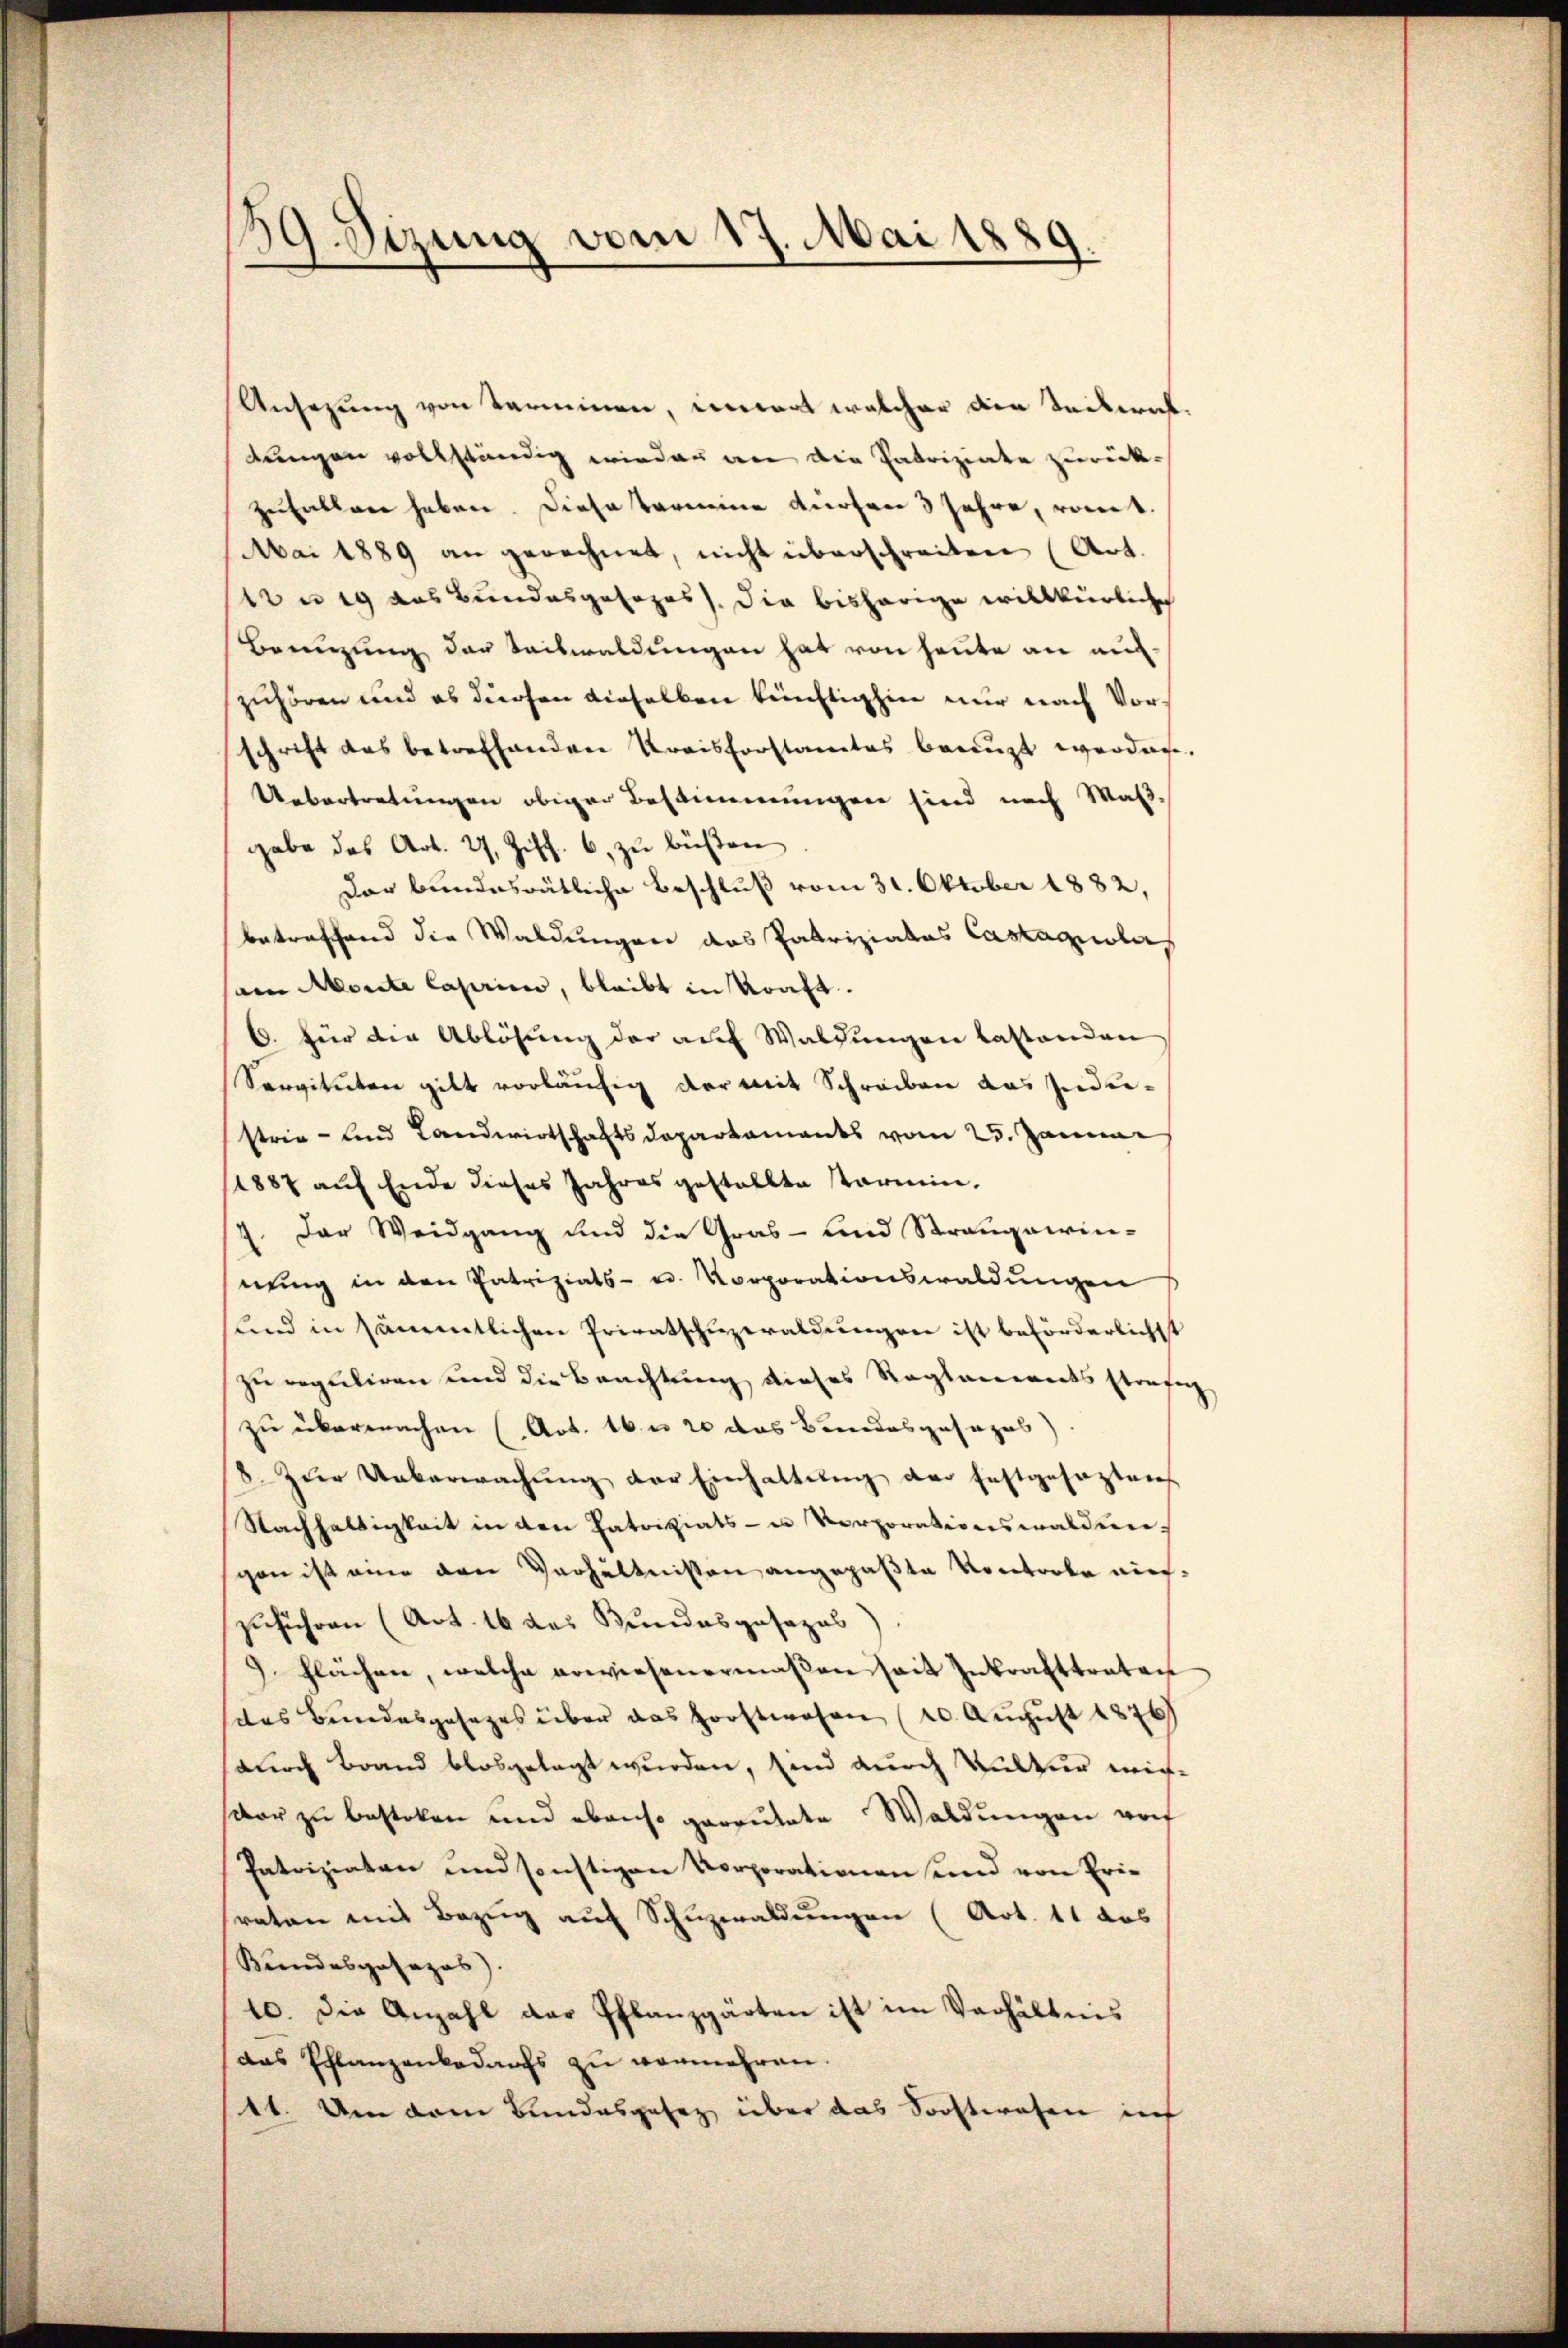
39. Sizung vom 17. Mai 1889.

Ansezung von Terminen, einwart welcher den Teilernt.
tungen vollständig wieder an die Patriziate zurückzufallen haben. Diese Termine dürfen 3 Jahre, romt.
Mai 1889 an gerechnet, nicht überschreiten (Art.
12 n 19 des Bundesgesezes). Die bisherige willkürliche
Brennung der Seiswaldungen hat von heute an au
zuhören und es dürfen dieselben künftighin nur nach Vorschrift das betreffenden Kreisforstamtes beauft werden.
Uebertretungen obiger Bestimmungen sind nach Waß
gabe das Art. 27, Ziff. 6, zu büßen
Das bundesrätliche Beschluß vom 31. Oktober 1882,
betreffend die Waldungen das Patriziatus Castagnola
am Morite Caserie, bleibt in Kraft.
6. für die Ablösung der auf Waldungen lastenden
Servituten gilt vorläufig der mit Schreiben das Industrie- und Landwirtschaftsdepartamants vom 25. Januar
1887 auf Ende dieses Jahres gestallte starmin.
7. Das Weidgang und die Gras - und Strangaien-
nung in den Patriziats- u. Korporationswaldungen
sund in sämmtlichen Privatschuzwaldungen ist beförderlichst
zu reguliren und die Beachtung dieses Reglements strafg
zu übermachen (Art. 16 n 20 das Bundesgesezes)
8. Zur Ueberwachung der Einhaltung der festgesezten
Nachhaltigkeit in den Patriziats- u Vorporationswaldun-
scon ist eine den Verhältnissen angepaßte Kontrole einzuführen (Art. 16 des Bundesgesezes
9 Flächen, welche erwiesenermaßen seit Inkrafttraten
das Bundesgesezes über das Forstwesen (20. Aŭgŭst 1876)
sourch Brand blosgelegt wurden, sind durch Kultur wichdar zu besteten und ebenso gereutete Waldungen vorf
Patriziaten und sonstigen Vorporationen und von Pri-
raten mit Bezug auf Schuzwaldungen (Art. 11 das
Bundesgesezes).
10. Die Anzahl das Pflanzgärten ist im Verhältnis
das Pflanzenbedarfs zu vermehren.
11. Um dem Bundesgesez über das Sochtwesen in